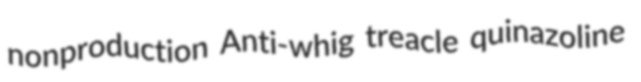
nonproduction Anti-whig treacle quinazoline